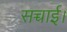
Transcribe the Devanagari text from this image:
सच्चाई।